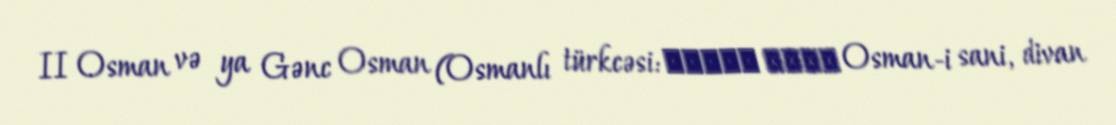
II Osman və ya Gənc Osman (Osmanlı türkcəsi: عثمان ثالث Osman-i sani, divan